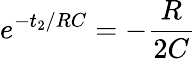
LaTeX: e^{-t_{2}/RC}=-\frac{R}{2C}